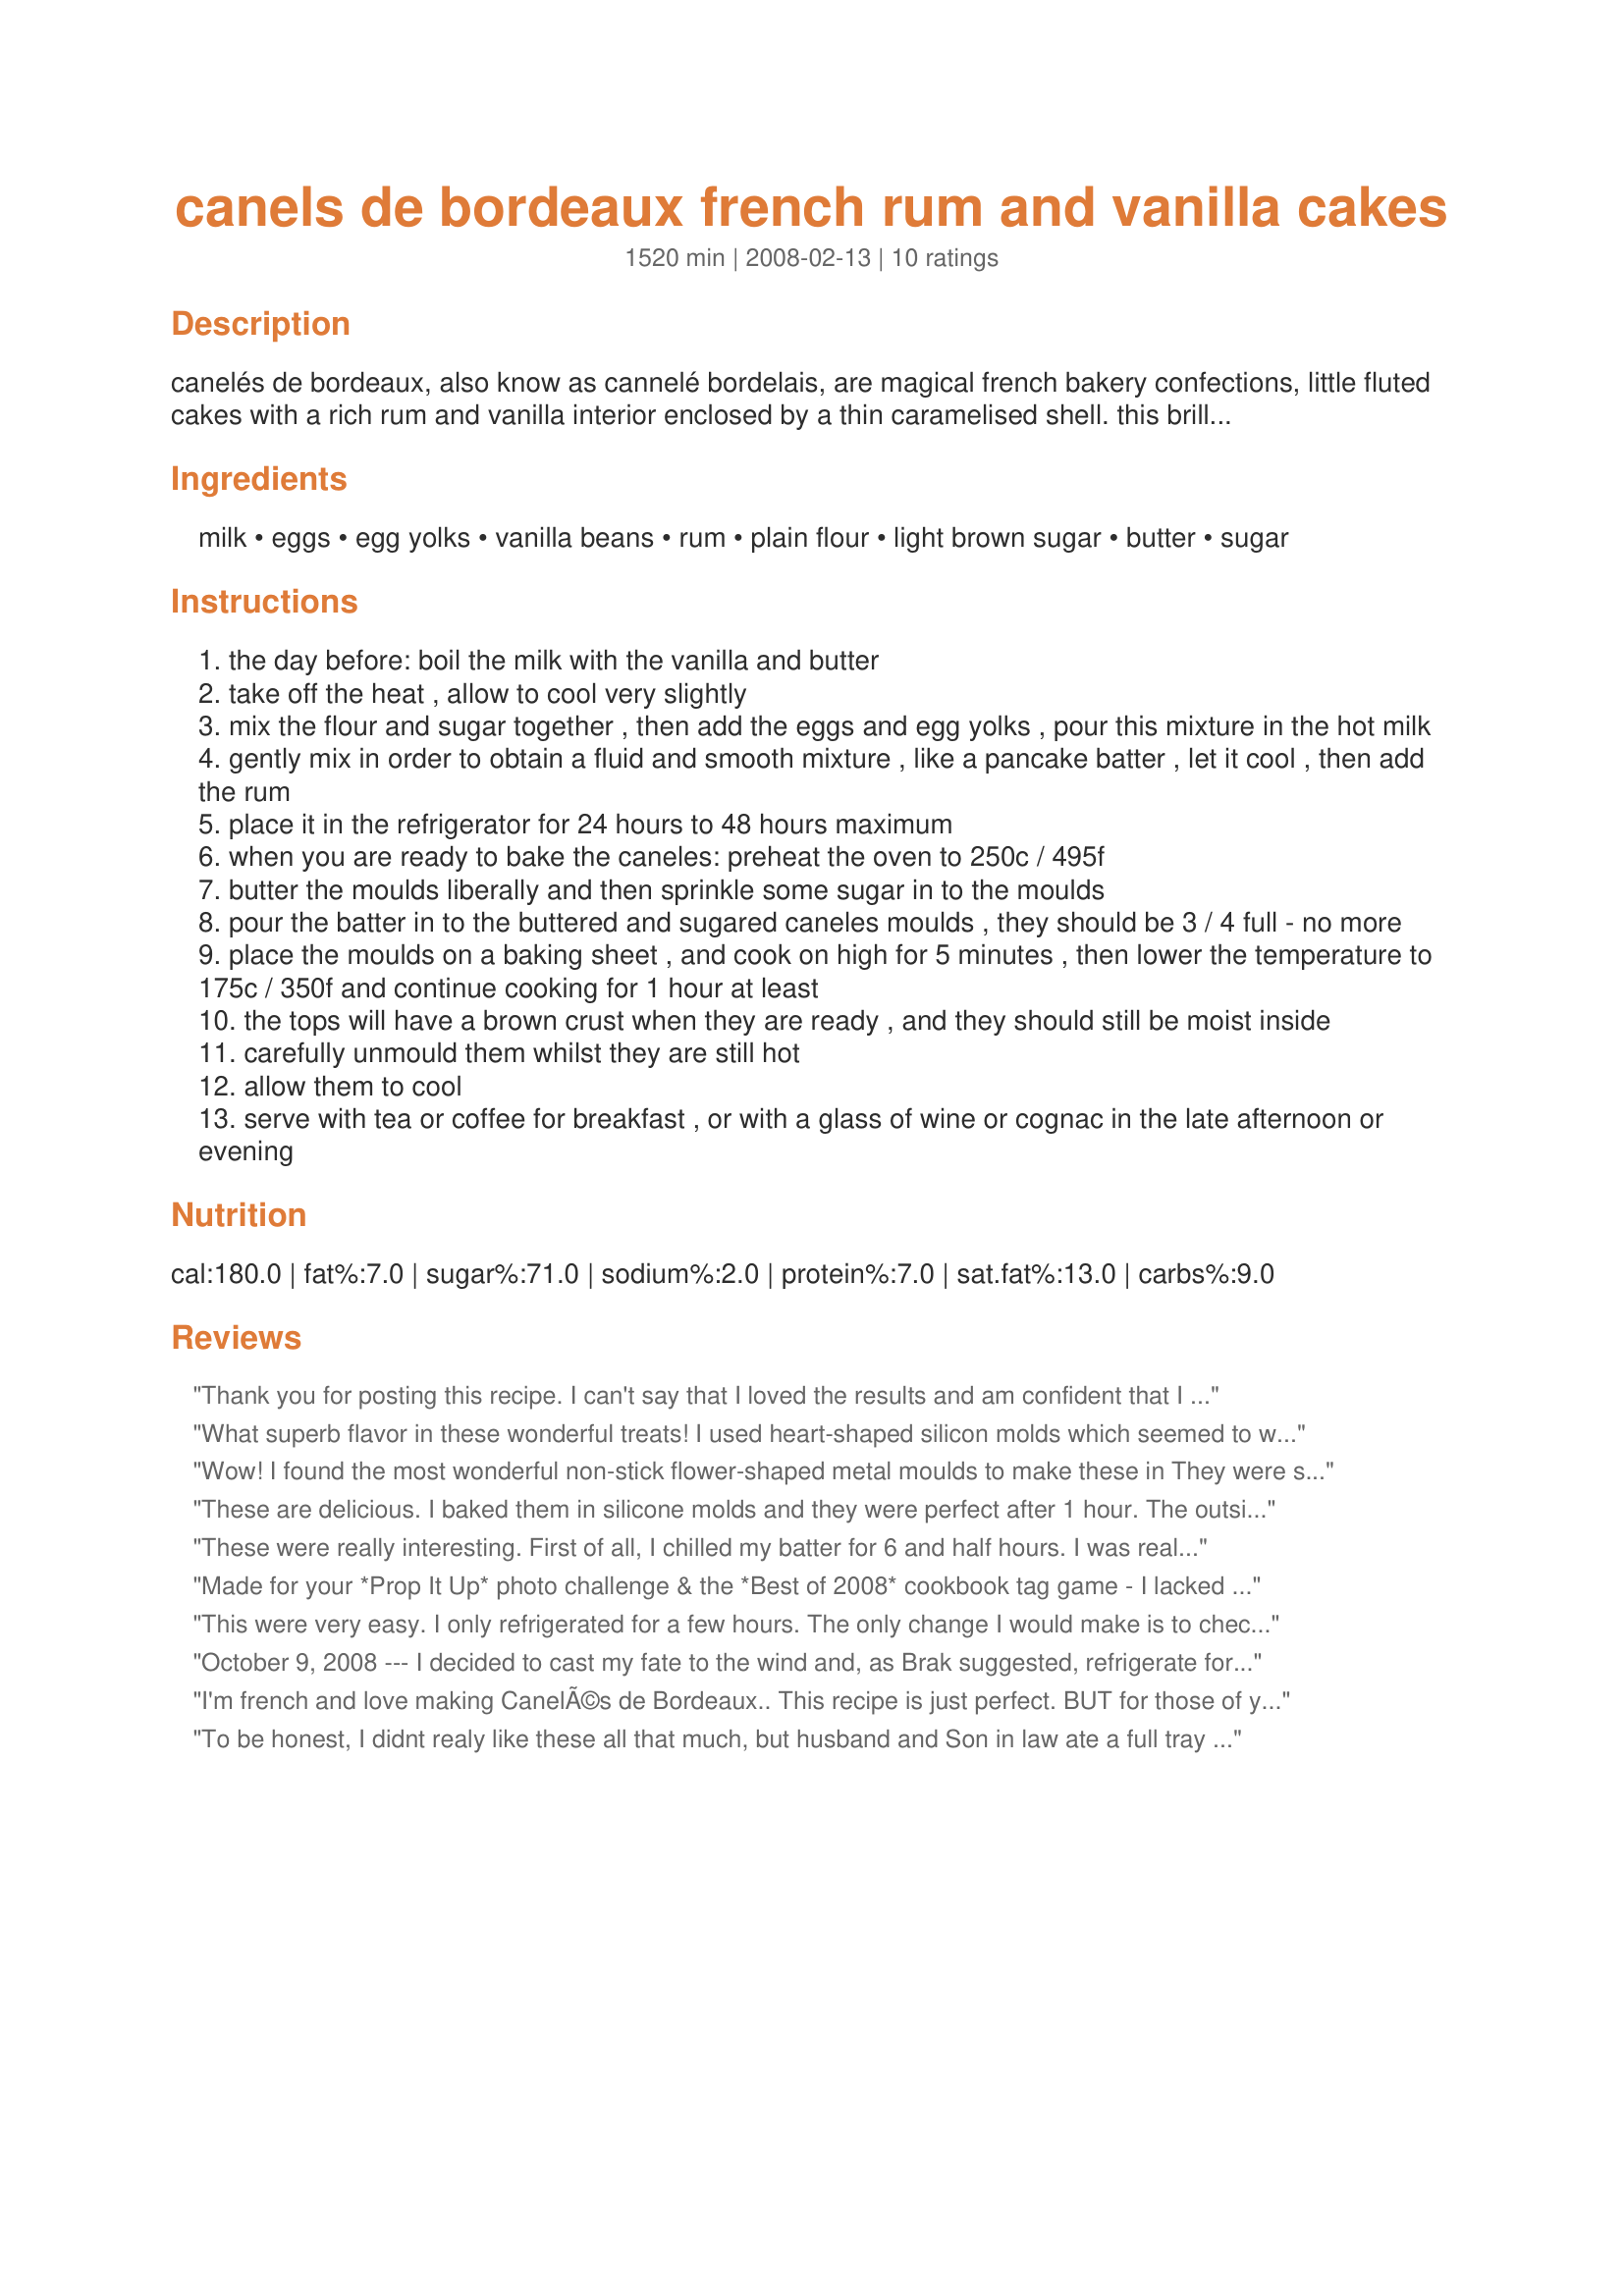
canels de bordeaux french rum and vanilla cakes
Preparation time: 1520 minutes

canelés de bordeaux, also know as cannelé bordelais, are magical french bakery confections, little fluted cakes with a rich rum and vanilla interior enclosed by a thin caramelised shell. this brilliant recipe was developed a long ago by an anonymous bordeaux cook, whose innovation has been subjected to 300 years of refinements. glossy and dark brown almost black at first sight, bittersweet at first bite, the crunchy burnt sugar canelé-shell makes an exquisite contrast to the smooth, sweet filling, fragrant with vanilla and rum.
these little cakes have recently gained cachet after years of neglect, to the extent that they may one day rival the popularity of crème brûlée in the category of caramelized french desserts. baked in special tin-lined copper moulds, these delicious dessert cakes are often served with cognac and wine if you partake of a local degustation! the copper moulds are quite hard to find even in france - if you cannot find them, then these cakes can be made in individiual dariol moulds, small pudding basins, or the silcon moulds which are quite easy to find. this recipe makes 12 to 16 canelés, depending on the size of your moulds. traditionally beeswax is used to line the moulds, i have dispensed with this and have suggested a sprinkling of sugar inside the well buttered moulds.

Ingredients:
milk, eggs, egg yolks, vanilla beans, rum, plain flour, light brown sugar, butter, sugar

Steps:
the day before: boil the milk with the vanilla and butter
take off the heat , allow to cool very slightly
mix the flour and sugar together , then add the eggs and egg yolks , pour this mixture in the hot milk
gently mix in order to obtain a fluid and smooth mixture , like a pancake batter , let it cool , then add the rum
place it in the refrigerator for 24 hours to 48 hours maximum
when you are ready to bake the caneles: preheat the oven to 250c / 495f
butter the moulds liberally and then sprinkle some sugar in to the moulds
pour the batter in to the buttered and sugared caneles moulds , they should be 3 / 4 full - no more
place the moulds on a baking sheet , and cook on high for 5 minutes , then lower the temperature to 175c / 350f and continue cooking for 1 hour at least
the tops will have a brown crust when they are ready , and they should still be moist inside
carefully unmould them whilst they are still hot
allow them to cool
serve with tea or coffee for breakfast , or with a glass of wine or cognac in the late afternoon or evening

Reviews:
Thank you for posting this recipe. I can't say that I loved the results and am confident that I followed the recipe accurately. I decided to go online and search for other variations of the same recipe and found one posted by Paula Wolffert. Though I haven't tried Paula's version, the mixing and quantaties of ingredients are somewhat different. I'll try Paula's version in the future and do an update : Here's Paula Wolfert's website should anyone decides to try a different version: http://www.paula-wolfert.com/recipes/canele.html
What superb flavor in these wonderful treats! I used heart-shaped silicon molds which seemed to work wonderfully. In the photos they appear burnt; but, after re-reading the intro I realized this is normal. They were not black, but very dark brown carmelized coating. Once you bite into this dish, the flavors erupt across the palate from the moist inside with the "candied" texture exterior. Preparation wasn't as difficult as I initially thought as everything came together quite well staying true to the recipe. Thanks for sharing this wonderful recipe!!
Wow! I found the most wonderful non-stick flower-shaped metal moulds to make these in They were served to company with coffee yesterday afternoon. Everyone loved them. The cakes have a wonderful soft sweet interior surrounded by a shell flavoured with sweet burnt sugar. Yum.
These are delicious. I baked them in silicone molds and they were perfect after 1 hour. The outside was perfectly caramelized and the inside was creamy and smooth. I used the least amount of rum so my children could enjoy the as well (they loved them). My only problem was they barely rose, I think it was because my eggs were kind of small. I would have used more, but I ran out. I will adjust the amount of eggs if necessary next time. These are so rich and easy, that I will make them again. Thank you for sharing FT!
These were really interesting. First of all, I chilled my batter for 6 and half hours. I was really nervousness when baking these because I could smell the rum burning and there was a slight bit of smoke coming from the oven. I managed to stay calm and left them in the oven until done. The inside of these are almost custard like and wouldn't call the outside crunchy, for me the outside was almost like leather... maybe because of the large amount of butter I used when greasing my pan? I didn't have the appropriate pan but thought these would look great in my skull cupcake pan and that turned out well enough that I would make it again for a Halloween party.
Made for your *Prop It Up* photo challenge & the *Best of 2008* cookbook tag game - I lacked the spec copper molds, used silicon mini-bundt + muffin baking forms (as we agreed) w/an 18-hr chill time & ladled the fluid dough into them w/my gravy ladle. My cakes were not as dark as most described, but had the crunchy shell & divine sponge-like creamy filling. Well-received & such a treat, FT! Thx for posting & another fun dy in my kitchen. :-)
This were very easy. I only refrigerated for a few hours. The only change I would make is to check it at about the 35 to 40 minute point to see if the out side is carmalized and the inside is still liquid or semi liquid. Mine I felt were a bit dried out cooking for 50 minutes. I used a pop over pan with 6 individual cups and it fit the entire amount.
October 9, 2008 --- I decided to cast my fate to the wind and, as Brak suggested, refrigerate for less time. So I chilled it for only five-hours. They weren't as high as they should have been, but the taste and texture was delicious. I loved the creaminess of the inside contrasted by the crispier outer crust. Also, I didn't have individual molds so I used a one-piece pan with individual molds in it. And it worked fine, but they are not as pretty as FT's. I will make these again only chill the batter for 24-hours. Oh...and this was so easy to make. Great recipe. --- May 9, 2009 --- I made them again this time using the canele molds and refrigerating the batter for 24-hours. That made a nice difference. The insides were airy yet creamy and the crust was crispy. I am trying to locate a convenient source for beeswax, but it's not that easy. I've read elsewhere that the wax does add another level of taste. Thanks again Karen!
I'm french and love making CanelÃ©s de Bordeaux.. This recipe is just perfect. BUT for those of you in a hurry, you can just cool the mix for an hour of so in the fridge.. The result will be to have slightly less grown CanelÃ©s when then cook but the taste is still so great. So just don't worry too much.. and try it!
Bon appÃ©tit.
To be honest, I didnt realy like these all that much, but husband and Son in law ate a full tray of them! They loved them.
So they gave the taste five stars, and I give the recipe 5 stars. Simple and easy to follow.
I tried them a few different ways, but I think the best ones were done in a ramekin, lined with buttered and sugared baking paper. I left the rum out of half the mix, and used a mini muffin tin. I dropped a few chock chips in each and cooked them for about 45 mins. These were for the grandkids, and though they stuck badly, the girls loved them.
Thank FT, it was certainly an interesting exercise!
